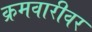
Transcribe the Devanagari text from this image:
क्रमवारीवर